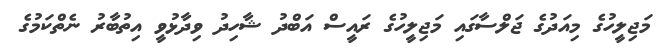
މަޖިލީހުގެ މިއަދުގެ ޖަލްސާގައި މަޖިލީހުގެ ރައީސް އަބްދު ޝާހިދު ވިދާޅުވީ އިތުބާރު ނެތްކަމުގެ